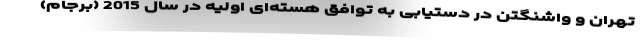
تهران و واشنگتن در دستیابی به توافق هسته‌ای اولیه در سال 2015 (برجام)